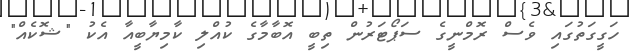
ހަގީގަތުގައި ވެސް ރޮމްނީގެ ސަޕޯޓަރުން ތިބީ އޮބާމާގެ ކުއްލި ކާމިޔާބީއާ އެކު "ޝޮކެއް"